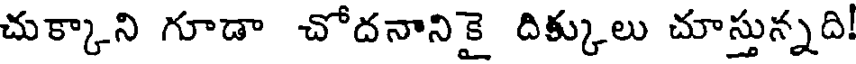
చుక్కాని గూడా చోదనానికై దిక్కులు చూస్తున్నది!